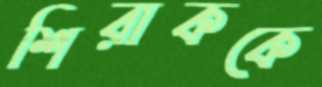
শিরাককে